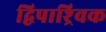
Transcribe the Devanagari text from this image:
द्विपाश्र्विक